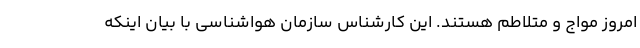
امروز مواج و متلاطم هستند. این کارشناس سازمان هواشناسی با بیان اینکه